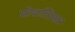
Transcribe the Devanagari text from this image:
सोशालिसट